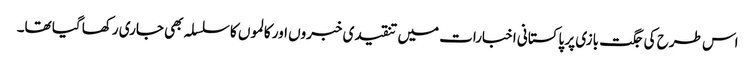
اس طرح کی جگت بازی پر پاکستانی اخبارات میں تنقیدی خبروں اور کالموں کا سلسلہ بھی جاری رکھا گیا تھا۔